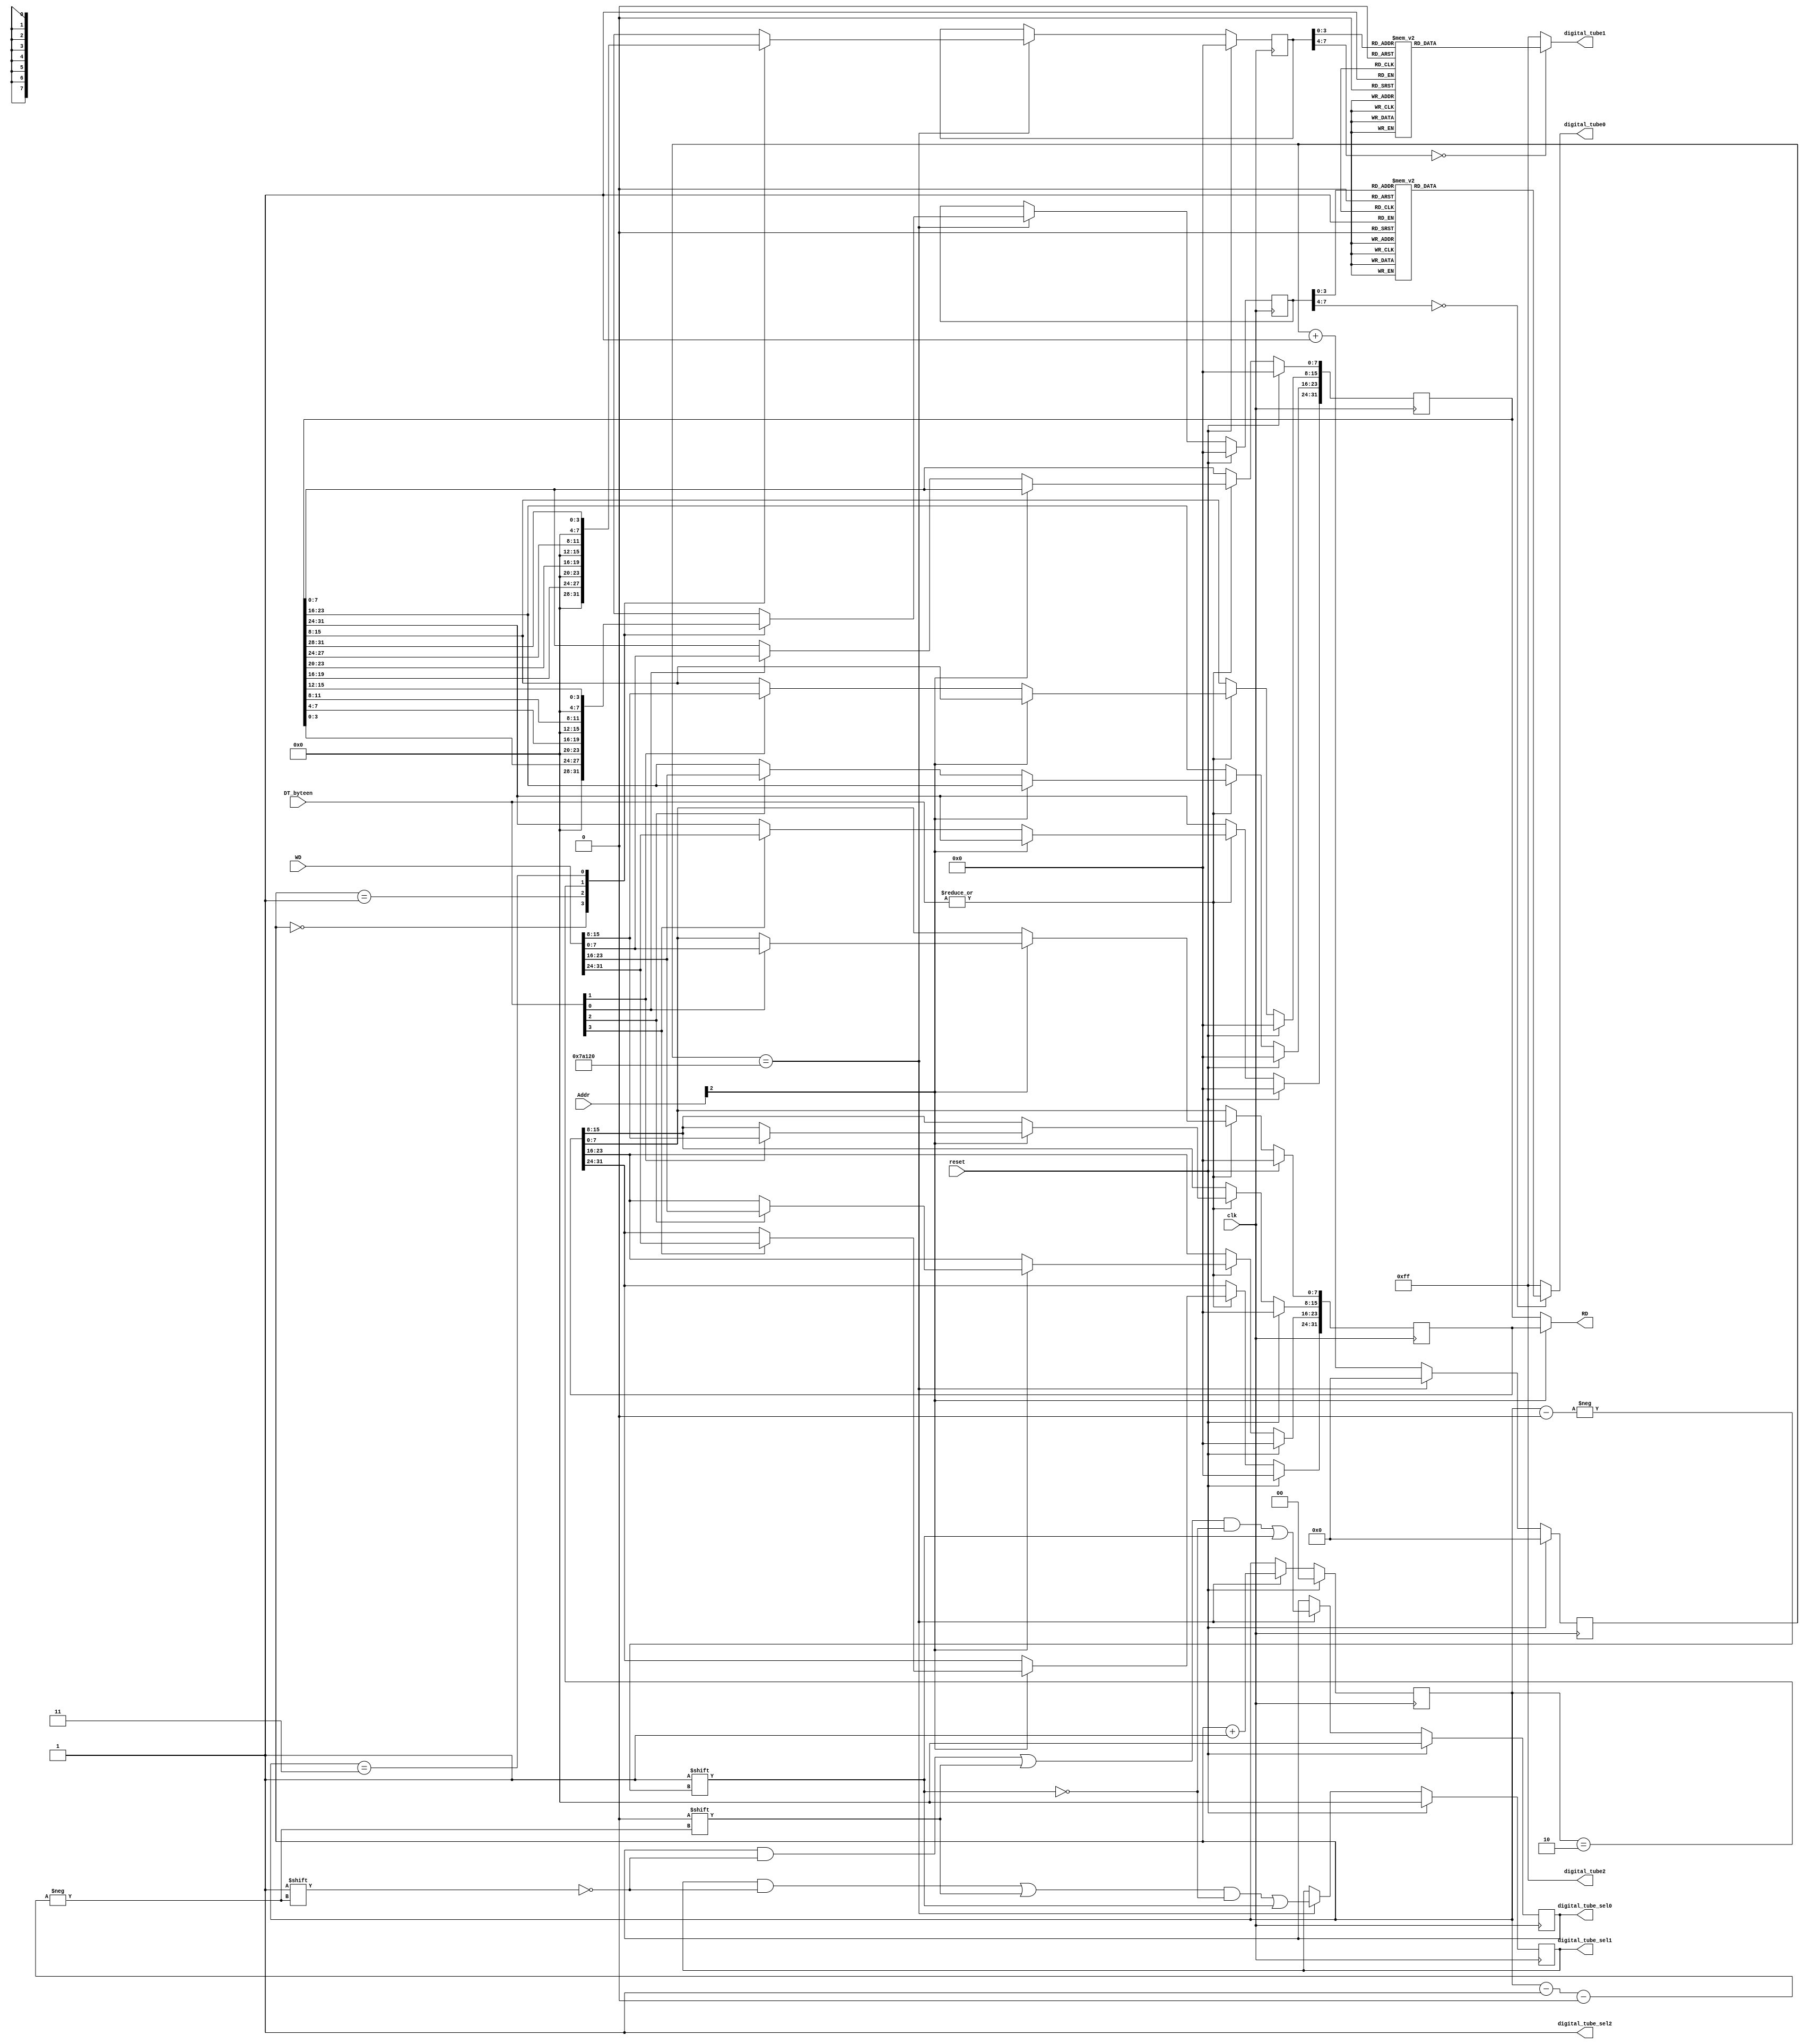
module DigitalTube (
    //input
    input clk,
    input reset,
    input [31:0] Addr,
    input [3:0] DT_byteen,
    input [31:0] WD,
    //output
    output [31:0] RD,
    output reg [7:0] digital_tube0,
    output [3:0] digital_tube_sel0,
    output reg [7:0] digital_tube1,
    output [3:0] digital_tube_sel1,
    output [7:0] digital_tube2,
    output digital_tube_sel2
);
 
reg [3:0] digital_tube_sel0_reg,digital_tube_sel1_reg;
reg [7:0] tube0,tube1;
reg [1:0] pos;
reg [31:0] num,sign;
reg [31:0] counter;

always @(posedge clk ) begin
    if (reset) begin
        digital_tube_sel0_reg <= 4'b0000;
        digital_tube_sel1_reg <= 4'b0000;
        pos <= 2'b00;
        num <= 32'd0;
        sign <= 32'd0;
        counter <= 32'd0;
		  tube0 <= 32'd0;
		  tube1 <= 32'd0;
    end
    else begin
        if (|DT_byteen) begin
            case (Addr[2])
                1'b0: begin
                    if (DT_byteen[3]) num[31:24] <= WD[31:24];
                    if (DT_byteen[2]) num[23:16] <= WD[23:16];
                    if (DT_byteen[1]) num[15:8] <= WD[15:8];
                    if (DT_byteen[0]) num[7:0] <= WD[7:0];
                end 
                1'b1: begin
                    if (DT_byteen[3]) sign[31:24] <= WD[31:24];
                    if (DT_byteen[2]) sign[23:16] <= WD[23:16];
                    if (DT_byteen[1]) sign[15:8] <= WD[15:8];
                    if (DT_byteen[0]) sign[7:0] <= WD[7:0];
                end
                default: ;
            endcase
        end

        counter <= counter + 1;

        if (counter == 32'd500000) begin
            digital_tube_sel0_reg[pos - 2'b01] <= 1'b0;
            digital_tube_sel1_reg[pos - 2'b01] <= 1'b0;
            digital_tube_sel0_reg[pos] <= 1'b1;
            digital_tube_sel1_reg[pos] <= 1'b1;

            case (pos)
                2'b00:begin
                    tube0 <= num[3:0];
                    tube1 <= num[19:16];
                end 
                2'b01:begin
                    tube0 <= num[7:4];
                    tube1 <= num[23:20];
                end
                2'b10:begin
                    tube0 <= num[11:8];
                    tube1 <= num[27:24];
                end
                2'b11:begin
                    tube0 <= num[15:12];
                    tube1 <= num[31:28];
                end
                default: ;
            endcase

            counter <= 32'd0;
            pos <= pos + 2'b01;
        end
    end
end

always @(*) begin
    case (tube0)
      4'd0:  digital_tube0 = 8'b10000001;
		4'd1:  digital_tube0 = 8'b11001111;
		4'd2:  digital_tube0 = 8'b10010010;
		4'd3:  digital_tube0 = 8'b10000110;
		4'd4:  digital_tube0 = 8'b11001100;
		4'd5:  digital_tube0 = 8'b10100100;
		4'd6:  digital_tube0 = 8'b10100000;
		4'd7:  digital_tube0 = 8'b10001111;
		4'd8:  digital_tube0 = 8'b10000000;
		4'd9:  digital_tube0 = 8'b10000100;
		4'd10: digital_tube0 = 8'b10001000;
		4'd11: digital_tube0 = 8'b11100000;
		4'd12: digital_tube0 = 8'b10110001;
		4'd13: digital_tube0 = 8'b11000010;
		4'd14: digital_tube0 = 8'b10110000;
		4'd15: digital_tube0 = 8'b10111000;
		default: digital_tube0 = 8'b11111111;
    endcase   
    case (tube1)
      4'd0:  digital_tube1 = 8'b10000001;
		4'd1:  digital_tube1 = 8'b11001111;
		4'd2:  digital_tube1 = 8'b10010010;
		4'd3:  digital_tube1 = 8'b10000110;
		4'd4:  digital_tube1 = 8'b11001100;
		4'd5:  digital_tube1 = 8'b10100100;
		4'd6:  digital_tube1 = 8'b10100000;
		4'd7:  digital_tube1 = 8'b10001111;
		4'd8:  digital_tube1 = 8'b10000000;
		4'd9:  digital_tube1 = 8'b10000100;
		4'd10: digital_tube1 = 8'b10001000;
		4'd11: digital_tube1 = 8'b11100000;
		4'd12: digital_tube1 = 8'b10110001;
		4'd13: digital_tube1 = 8'b11000010;
		4'd14: digital_tube1 = 8'b10110000;
		4'd15: digital_tube1 = 8'b10111000;
		default: digital_tube1 = 8'b11111111;
    endcase
end

assign digital_tube_sel0 = digital_tube_sel0_reg;
assign digital_tube_sel1 = digital_tube_sel1_reg;
assign digital_tube_sel2 = 1'b1;
assign digital_tube2 = 8'b1111_1111;
assign RD = (Addr[2] == 1'b0) ? num : sign;
    
endmodule